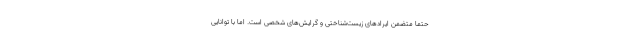
حتماً متضمن ایرادهای زیست‌شناختی و گرایش‌های شخصی است. اما با توانایی